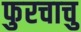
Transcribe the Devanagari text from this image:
फुरचाचु